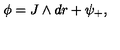
\phi = J \wedge d r + \psi _ { + } ,